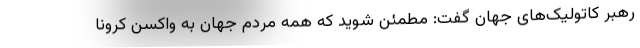
رهبر کاتولیک‌های جهان گفت: مطمئن شوید که همه مردم جهان به واکسن کرونا